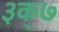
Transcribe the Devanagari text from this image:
३क्७